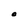
Character: O